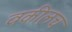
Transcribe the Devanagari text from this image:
वकीलच